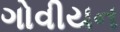
ગોવીયન